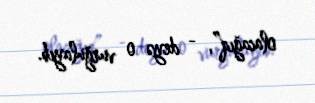
olacağıq”, - deyə o vurğulayıb.